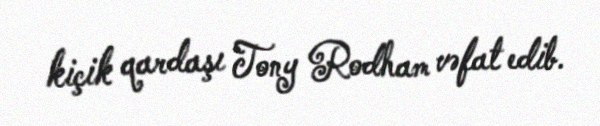
kiçik qardaşı Tony Rodham vəfat edib.